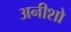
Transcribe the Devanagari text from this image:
अनीशो